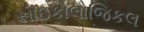
સાઇકોલોજિકલ